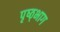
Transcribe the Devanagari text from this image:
पृष्ठ्भाग